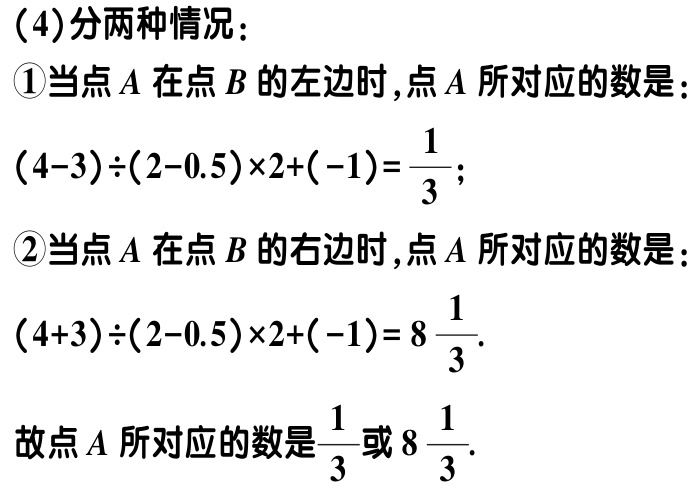
（4）分两种情况：

\textcircled{1}当点\(A\)在点\(B\)的左边时，点\(A\)所对应的数是：

\((4 - 3)\div(2 - 0.5)\times2+(-1)=\frac{1}{3}\)；

\textcircled{2}当点\(A\)在点\(B\)的右边时，点\(A\)所对应的数是：

\((4 + 3)\div(2 - 0.5)\times2+(-1)=8\frac{1}{3}\).

故点\(A\)所对应的数是\(\frac{1}{3}\)或\(8\frac{1}{3}\).